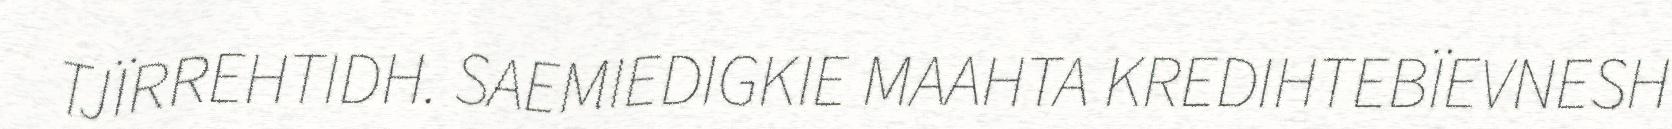
TJÏRREHTIDH. SAEMIEDIGKIE MAAHTA KREDIHTEBÏEVNESH